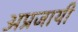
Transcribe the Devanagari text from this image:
अप्रजायी